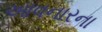
આવનારના